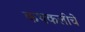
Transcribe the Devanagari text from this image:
कथकलीचे